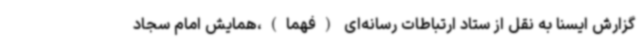
گزارش ایسنا به نقل از ستاد ارتباطات رسانه‌ای (فهما)،همایش امام سجاد